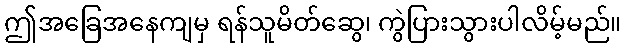
ဤအခြေအနေကျမှ ရန်သူမိတ်ဆွေ၊ ကွဲပြားသွားပါလိမ့်မည်။